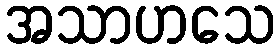
အသာဟသေ